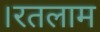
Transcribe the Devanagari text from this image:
।रतलाम